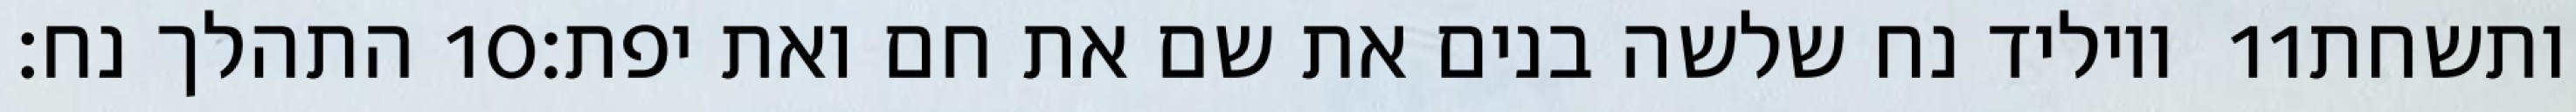
התהלך נח׃ ‎10‏ ויוליד נח שלשה בנים את שם את חם ואת יפת׃ ‎11‏ ותשחת